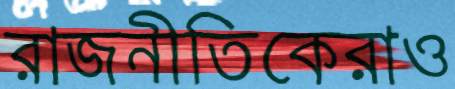
রাজনীতিকেরাও